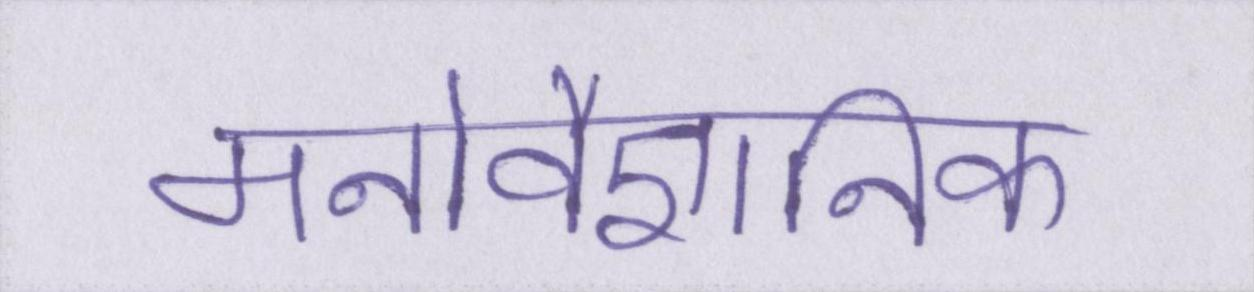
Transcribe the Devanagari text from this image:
मनोवैज्ञानिक